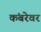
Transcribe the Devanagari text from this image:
कंबरेवर